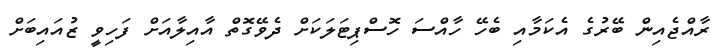
ރާއްޖެއިން ބޭރުގެ އެކަމާއި ބެހޭ ހާއްސަ ހޮސްޕިޓަލަކަށް ދެވޭގޮތް އާއިލާއަށް ފަހިވީ ޒުއައިބަށް